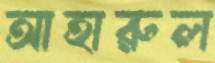
আহারুল